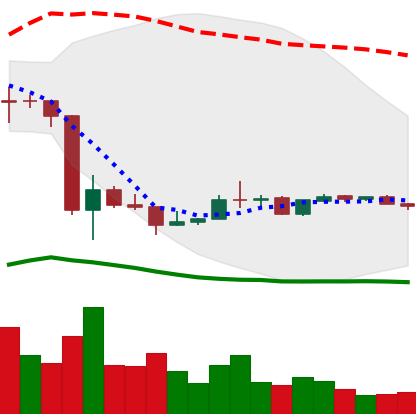
Ticker: LINK-USD
Chart end date: 2020-03-28
Forward return: 7.722%
Label: up_7plus